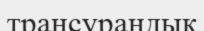
трансурандық